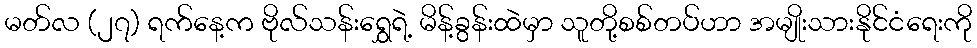
မတ်လ (၂၇) ရက်နေ့က ဗိုလ်သန်းရွှေရဲ့ မိန့်ခွန်းထဲမှာ သူတို့စစ်တပ်ဟာ အမျိုးသားနိုင်ငံရေးကို